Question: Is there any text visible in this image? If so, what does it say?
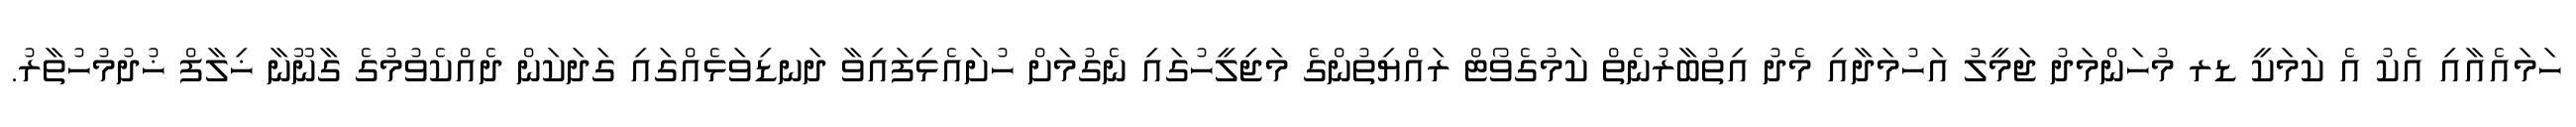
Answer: ހަމައެއާއި އެކު އެ ކަމަކީ ޑރ މުހަންމަދު ޖަމީލު އަހުމަދާއި މެދު އިތުބާރުނެތް ކަމުގެވޯޓް ރައްޔިތުންގެ މަޖިލީހުގައި ނެގުމަށް ހުށައެޅިފައިވާ ދަނޑިވަޅެއްގައި ގަދަކަން ދެއްކެވުމުގެ ގާނޫނާ ޚިލާފް ޚުދުމުހުތާރު.